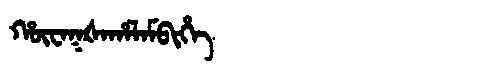
Manchu: ᡥᡡᠸᠠᡴᡧᠠᡥᠠᠯᠠᠮᠪᡳᡥᡝ
Romanization: HŪWAKŠAHALAMBIHE